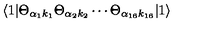
\langle 1 | \Theta _ { \alpha _ { 1 } k _ { 1 } } \Theta _ { \alpha _ { 2 } k _ { 2 } } \cdots \Theta _ { \alpha _ { 1 6 } k _ { 1 6 } } | 1 \rangle